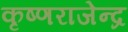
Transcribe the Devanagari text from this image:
कृष्णराजेन्द्र